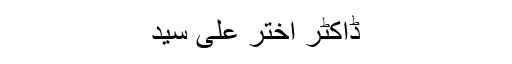
ڈاکٹر اختر علی سید